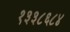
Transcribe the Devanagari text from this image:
१३३८६८४